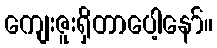
ကျေးဇူးရှိတာပေါ့နော်။